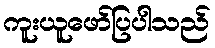
ကူးယူဖော်ပြပါသည်